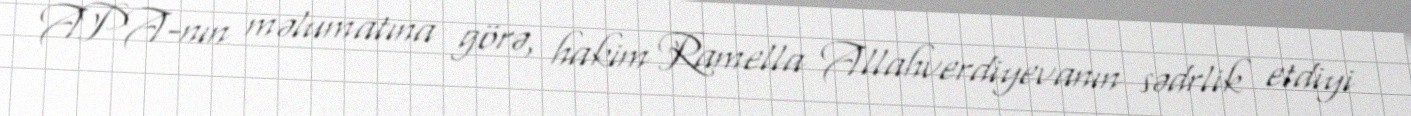
APA-nın məlumatına görə, hakim Ramella Allahverdiyevanın sədrlik etdiyi